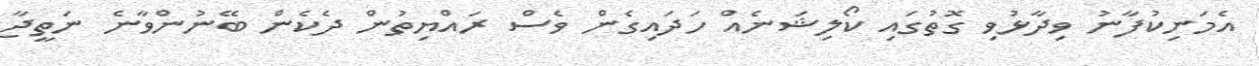
އެމަނިކުފާނު ވިދާޅުވި ގޮތުގައި ކޯލިޝަނެއް ހަދައިގެން ވެސް ރައްޔިތުން ދެކެން ބޭނުންވާނެ ނަތީޖާ